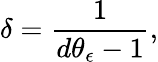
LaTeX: \delta=\frac{1}{d\theta_{\epsilon}-1},